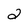
Character: 2